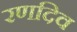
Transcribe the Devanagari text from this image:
रणदिव